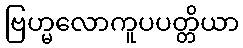
ဗြဟ္မလောကူပပတ္တိယာ